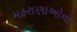
મહરાણાઓના